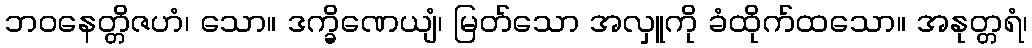
ဘဝနေတ္တိဇဟံ၊ သော။ ဒက္ခိဏေယျံ၊ မြတ်သော အလှူကို ခံထိုက်ထသော။ အနုတ္တရံ၊